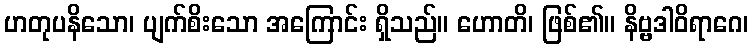
ဟတုပနိသော၊ ပျက်စိးသော အကြောင်း ရှိသည်။ ဟောတိ၊ ဖြစ်၏။ နိဗ္ဗဒါဝိရာဂေ၊